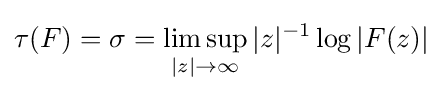
\tau (F)=\sigma =\displaystyle \limsup _{|z|\rightarrow \infty }|z|^{-1}\log |F(z)|